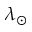
\lambda _ { \odot }